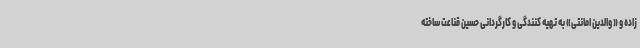
زاده و « والدین امانتی» به تهیه کنندگی و کارگردانی حسین قناعت ساخته